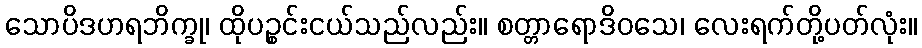
သောပိဒဟရဘိက္ခု၊ ထိုပဉ္စင်းငယ်သည်လည်း။ စတ္တာရောဒိဝသေ၊ လေးရက်တို့ပတ်လုံး။